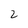
Character: 2